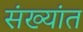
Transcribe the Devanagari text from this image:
संख्यांत